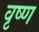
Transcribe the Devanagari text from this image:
वृष्ण